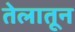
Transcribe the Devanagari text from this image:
तेलातून